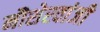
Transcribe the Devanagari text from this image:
नौशेरवांजी